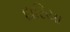
દારિયા